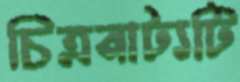
চিত্রনাট্যটি